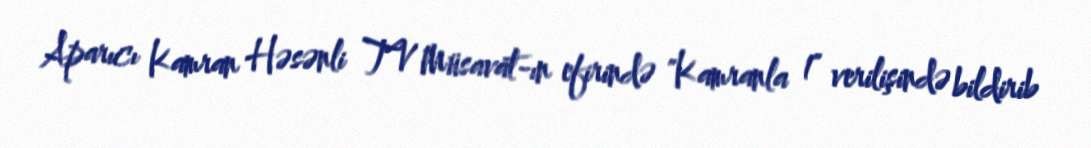
Aparıcı Kamran Həsənli TV Müsavat-ın efirində "Kamranla 1" verilişində bildirib